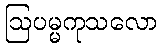
ဩပမ္မကုသလော